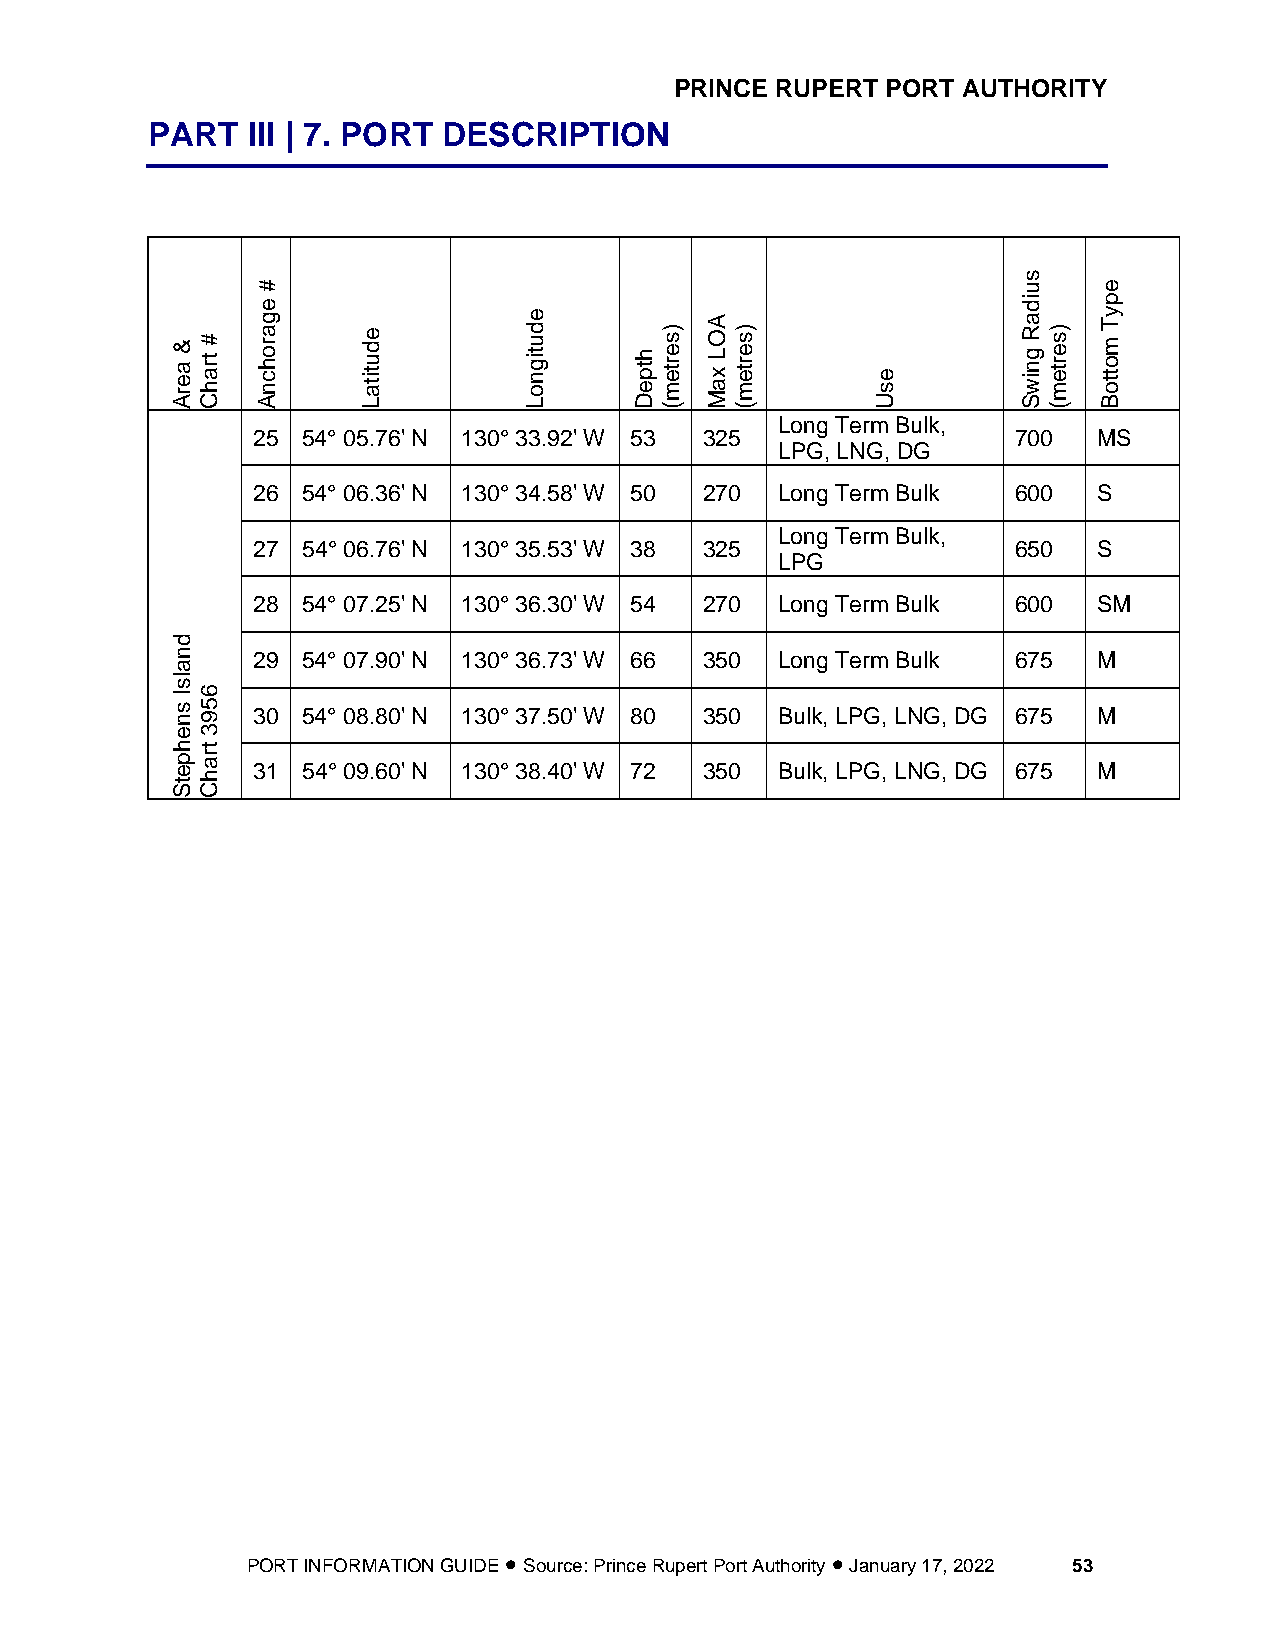
PRINCE RUPERT PORT AUTHORITY
 PART  III | 7. PORT DESCRIPTION
 #
 s
 u    e
 & a e r
 A
 # t r a h
 C
 e
 g a r o h c n
 A
 e d u t it a
 L
 e d u t ig n o
 L
 h t p e
 D
 ) s e r te m
 (
 A O L x a M) s e r te m
 (
 e s
 U
 id
 a R g n iw S) s e r te m
 (
 p
 y T m o t t o
 B
 Long Term Bulk,
 25 54° 05.76' N 130° 33.92' W 53 325              700   MS
 LPG, LNG, DG
 26 54° 06.36' N 130° 34.58' W 50 270 Long Term Bulk 600 S
 Long Term Bulk,
 27 54° 06.76' N 130° 35.53' W 38 325              650   S
 LPG
 28 54° 07.25' N 130° 36.30' W 54 270 Long Term Bulk 600 SM
 d
 n     29 54° 07.90' N 130° 36.73' W 66 350 Long Term Bulk 675 M
 a
 ls
 I
 s
 n6
 5 9 30 54° 08.80' N 130° 37.50' W 80 350 Bulk, LPG, LNG, DG 675 M
 e3
 h t
 p er a
 h
 31 54° 09.60' N 130° 38.40' W 72 350 Bulk, LPG, LNG, DG 675 M
 t SC
 PORT INFORMATION GUIDE • Source: Prince Rupert Port Authority • January 17, 2022 53